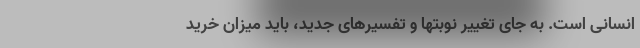
انسانی است. به ‌جای تغییر نوبتها و ‌تفسیرهای جدید، باید میزان خرید